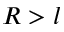
R > l